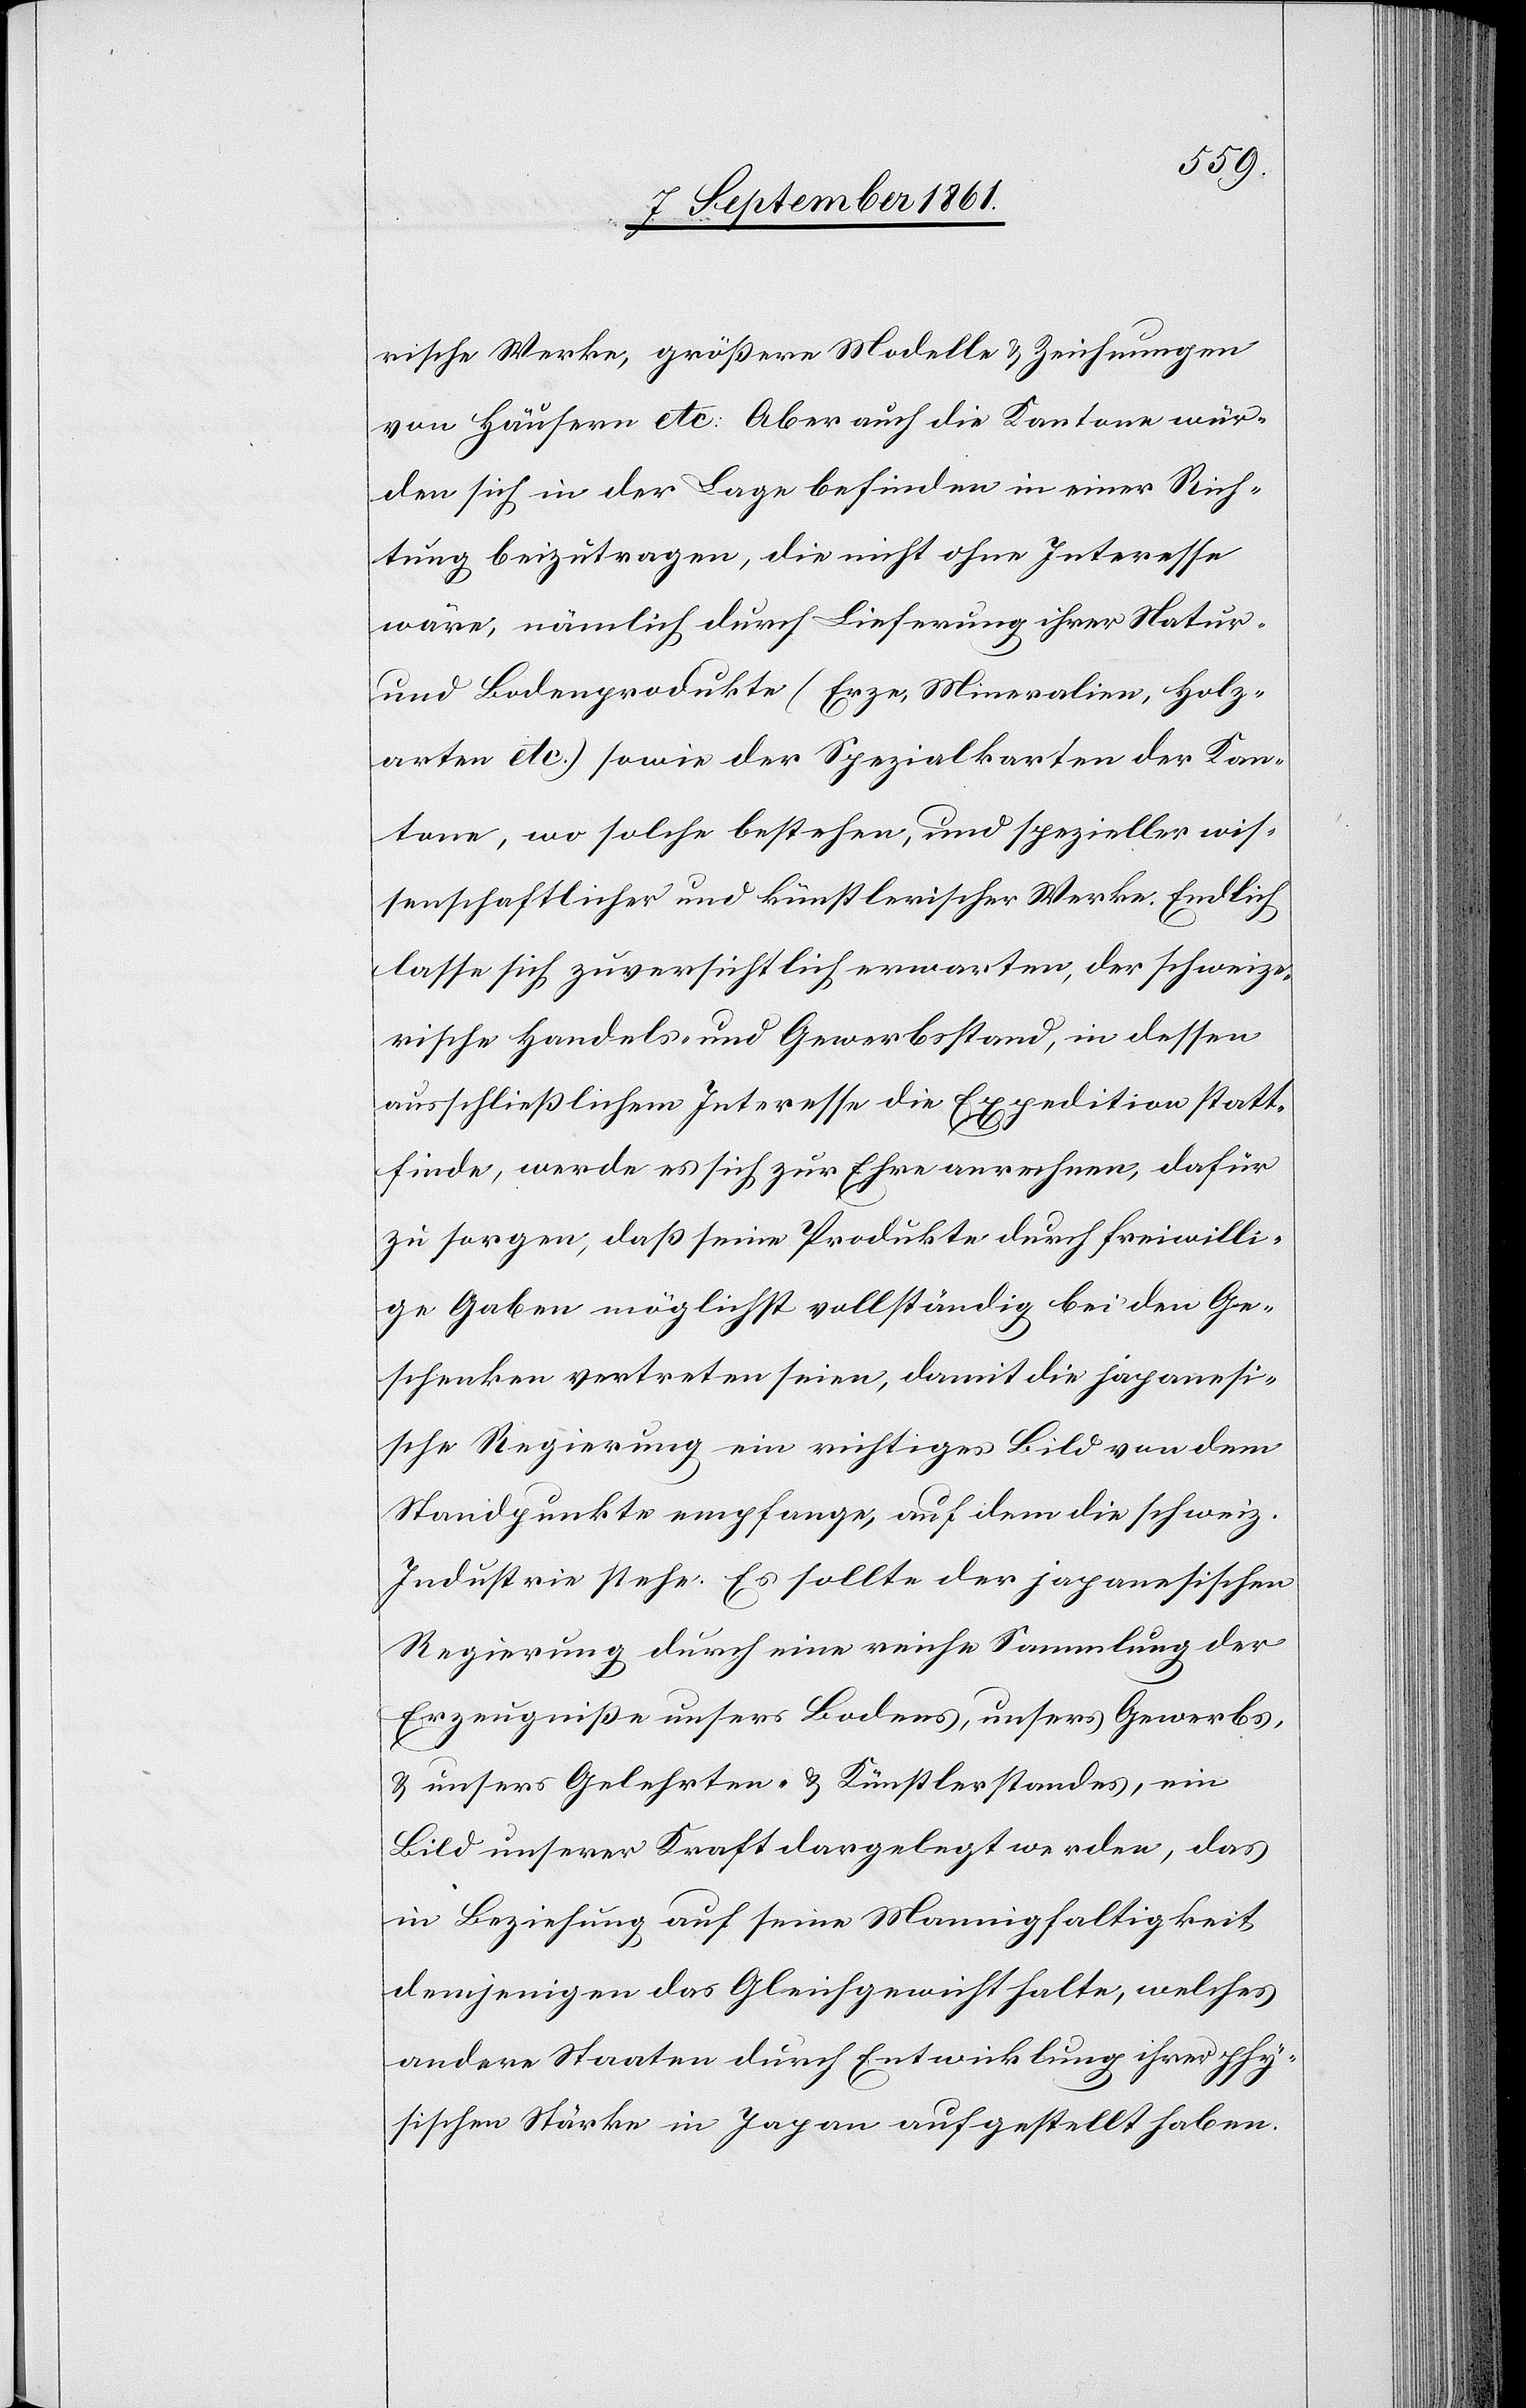
rische Werke, größere Modelle u. Zeichnungen
von Häusern etc. Aber auch die Kantone wür¬
den sich in der Lage befinden in einer Rich¬
tung beizutragen, die nicht ohne Interesse
wäre, nämlich durch Lieferung ihrer Natur-
und Bodenprodukte (Erze, Mineralien, Holz¬
arten etc.) sowie der Spezialkarten der Kan¬
tone, wo solche bestehen, und spezieller wis¬
senschaftlicher und künstlerischer Werke. Endlich
lasse sich zuversichtlich erwarten, der schweize¬
rische Handels- und Gewerbsstand, in dessen
ausschließlichem Interesse die Expedition statt¬
finde, werde es sich zur Ehre anrechnen, dafür
zu sorgen, daß seine Produkte durch freiwilli¬
ge Gaben möglichst vollständig bei den Ge¬
schenken vertreten seien, damit die japani¬
sche Regierung ein richtiges Bild von dem
Standpunkte empfange, auf dem die schweiz.
Industrie stehe. Es sollte der japanischen
Regierung durch eine reiche Sammlung der
Erzeugniße unsers Bodens, unsers Gewerbs,
u. unsers Gelehrten- u. Künstlerstandes, ein
Bild unserer Kraft dargelegt werden, das
in Beziehung auf seine Mannigfaltigkeit
derjenigen das Gleichgewicht halte, welches
andere Staaten durch Entwicklung ihrer phy¬
sischen Stärke in Japan aufgestellt haben.